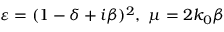
\varepsilon = ( 1 - \delta + i \beta ) ^ { 2 } , \, \, \mu = 2 k _ { 0 } \beta